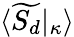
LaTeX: \langle\widetilde{S_{d}}|_{\kappa}\rangle